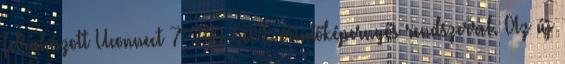
felruházott Uconnect 7’’ HD LIVE érintőképernyős rendszerrel. Az új